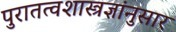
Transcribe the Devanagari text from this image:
पुरातत्वशास्त्रज्ञांनुसार